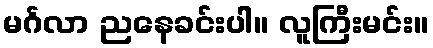
မင်္ဂလာ ညနေခင်းပါ။ လူကြီးမင်း။